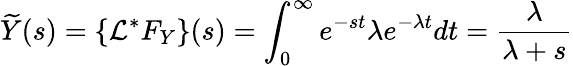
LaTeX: {\widetilde{Y}}(s)=\{ {\mathcal{L}}^{*}F_{Y}\} (s)=\int_{0}^{\infty}e^{-st}\lambda e^{-\lambda t}dt={\frac{\lambda}{\lambda+s}}